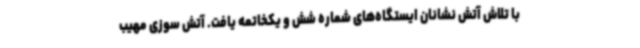
با تلاش آتش نشانان ایستگاه‌های شماره شش و یکخاتمه یافت. آتش سوزی مهیب